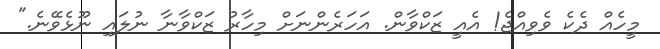
މީހެއް ދެކެ ވެވިއްޖެ! އެއީ ޒަކްވާން. އަހަރެންނަށް މިހާރު ޒަކްވާނާ ނުލައި ނޫޅެވޭނެ."